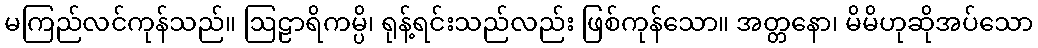
မကြည်လင်ကုန်သည်။ ဩဠာရိကမ္ပိ၊ ရုန့်ရင်းသည်လည်း ဖြစ်ကုန်သော။ အတ္တနော၊ မိမိဟုဆိုအပ်သော